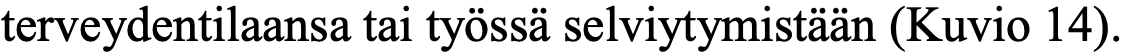
terveydentilaansa tai työssä selviytymistään (Kuvio 14).